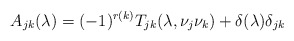
\begin{align*}A_{jk}(\lambda)=(-1)^{r(k)}T_{jk}(\lambda,\nu_j\nu_k) + \delta(\lambda)\delta_{jk}\end{align*}